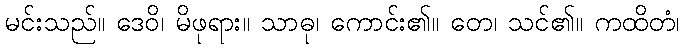
မင်းသည်။ ဒေဝိ၊ မိဖုရား။ သာဓု၊ ကောင်း၏။ တေ၊ သင်၏။ ကထိတံ၊